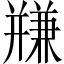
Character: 𱝀